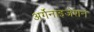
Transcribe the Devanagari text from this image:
अर्गेनाइजेशन